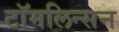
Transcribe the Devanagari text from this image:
टॉमलिन्सन